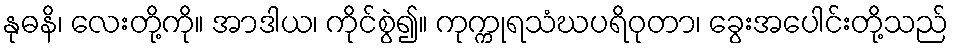
နုဓနိ၊ လေးတို့ကို။ အာဒါယ၊ ကိုင်စွဲ၍။ ကုက္ကုရသံဃပရိဝုတာ၊ ခွေးအပေါင်းတို့သည်